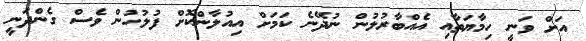
އަށް ވަނީ ހިމާޔަތާއި އެއްބާރުލުން ނުދޭނެ ކަމަށް އިއުލާންކޮށް ފުލުހުން ވެސް ގެންދަނީ